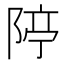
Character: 𨺊